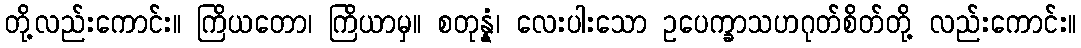
တို့လည်းကောင်း။ ကြိယတော၊ ကြိယာမှ။ စတုန္နံ၊ လေးပါးသော ဥပေက္ခာသဟဂုတ်စိတ်တို့ လည်းကောင်း။